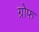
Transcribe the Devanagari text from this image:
ग्रोफ